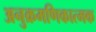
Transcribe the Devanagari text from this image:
अनुक्रमणिकात्मक